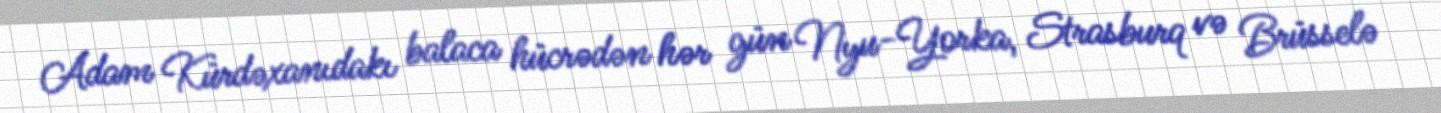
Adam Kürdəxanıdakı balaca hücrədən hər gün Nyu-Yorka, Strasburq və Brüsselə